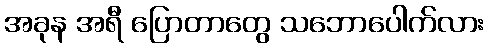
အခုန အရီ ပြောတာတွေ သဘောပေါက်လား